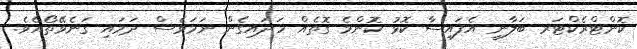
ކޮންޓްރެކްޓަރ ބަލާނީ އެފައިސާ ކޮޅު ކޮންމެ ގޮތެއް ހަދައިގެން ނަމަވެސް ދަމައި ގަނެވޭތޯއެވެ.